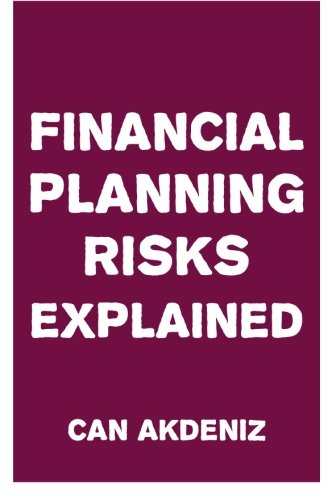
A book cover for Financial Planning Risks Explained; Can Akdeniz; Business & Money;